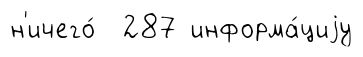
н'ичего́ 287 информа́циjу